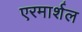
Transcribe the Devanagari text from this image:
एरमार्शल